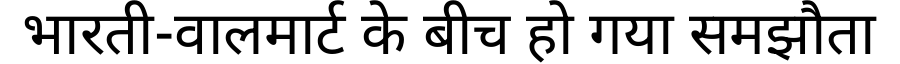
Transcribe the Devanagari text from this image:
भारती-वालमार्ट के बीच हो गया समझौता